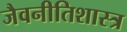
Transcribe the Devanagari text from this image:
जैवनीतिशास्त्र